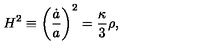
H ^ { 2 } \equiv \biggl ( \frac { \dot { a } } { a } \biggr ) ^ { 2 } = \frac { \kappa } { 3 } \rho ,